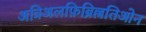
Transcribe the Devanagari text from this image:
अत्रिअलफ़िब्रिल्लतिओन